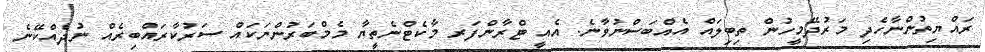
ރައްޔިތުންނާހެދި މަރުދޭމީހުން ތިބިލައް އެއްބަސްނުވާނެ. އެއީ ޓްރާންފަރ މާކެޓްނެތީޔާ މެމްބަރުންނަކައް ސަރުކާރައްބިރެއް ނުދެއްކޭނެ